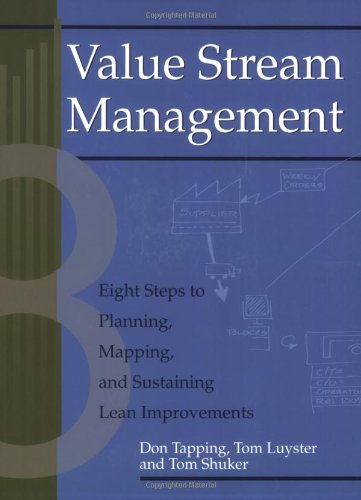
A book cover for Value Stream Management: Eight Steps to Planning, Mapping, and Sustaining Lean Improvements (Create a Complete System for Lean Transformation!); Don Tapping; Business & Money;